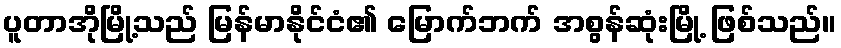
ပူတာအိုမြို့သည် မြန်မာနိုင်ငံ၏ မြောက်ဘက် အစွန်ဆုံးမြို့ ဖြစ်သည်။